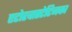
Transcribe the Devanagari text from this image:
एटोरवास्टेटिनका